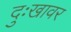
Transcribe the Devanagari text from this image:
दुःखावर